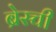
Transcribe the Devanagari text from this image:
ब्रेस्ची